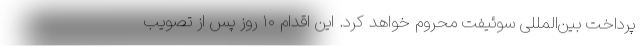
پرداخت بین‌المللی سوئیفت محروم خواهد کرد. این اقدام ۱۰ روز پس از تصویب